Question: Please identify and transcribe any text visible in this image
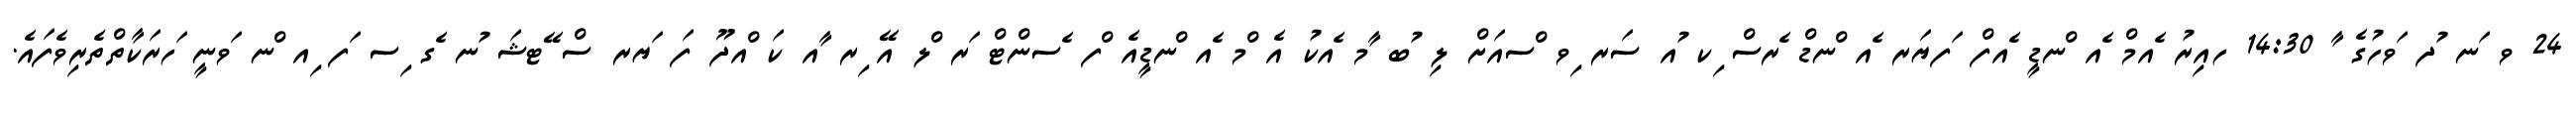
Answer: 24 ވ ަނ ުދ ަވހުގެ ާ 14:30 ހއިރު ެއމް ެއ ްނޑީ ެއފް ަފޔަރ ެއ ްނޑް ެރސް ިކ ުއ ސަރ ިވ ްސއަށް ލި ުބ ާމ ެއކު އެ ްމ ެއ ްނޑީއެ ްފ ެސންޓް ަރ ްލ އޭ ިރ ާއ ކަ ްއދޫ ފަ ަޔރ ސް ޭޓޝަ ުނ ެގ ިސ ަފ ިއ ްނ ަވނީ ަހރަކާތްތެރިވެފައެ.